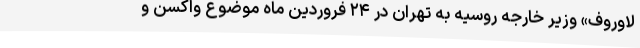
لاوروف» وزیر خارجه روسیه به تهران در ۲۴ فروردین ماه موضوع واکسن و